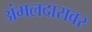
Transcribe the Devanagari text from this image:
अंमलदारावर